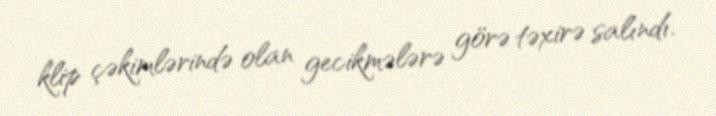
klip çəkimlərində olan gecikmələrə görə təxirə salındı.